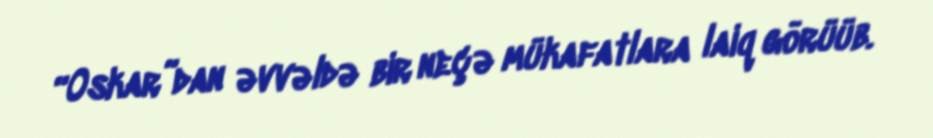
“Oskar”dan əvvəldə bir neçə mükafatlara laiq görüüb.